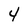
Character: 4